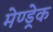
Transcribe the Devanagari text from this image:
मेण्ड्रेक